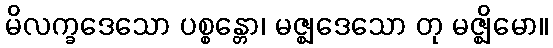
မိလက္ခဒေသော ပစ္စန္တော၊ မဇ္ဈဒေသော တု မဇ္ဈိမော။